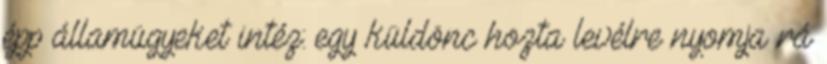
épp államügyeket intéz: egy küldönc hozta levélre nyomja rá